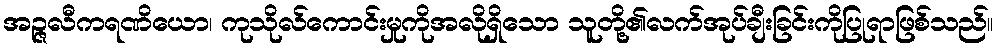
အဉ္ဇလီကရဏိယော၊ ကုသိုလ်ကောင်းမှုကိုအလိုရှိသော သူတို့၏လက်အုပ်ချီးခြင်းကိုပြုရာဖြစ်သည်။